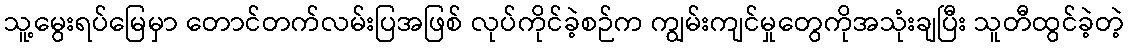
သူ့မွေးရပ်မြေမှာ တောင်တက်လမ်းပြအဖြစ် လုပ်ကိုင်ခဲ့စဉ်က ကျွမ်းကျင်မှုတွေကိုအသုံးချပြီး သူတီထွင်ခဲ့တဲ့